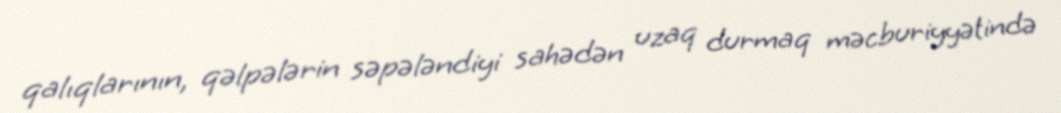
qalıqlarının, qəlpələrin səpələndiyi sahədən uzaq durmaq məcburiyyətində